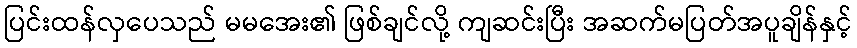
ပြင်းထန်လှပေသည် မမအေး၏ ဖြစ်ချင်လို့ ကျဆင်းပြီး အဆက်မပြတ်အပူချိန်နှင့်